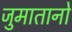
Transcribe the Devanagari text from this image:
जुमातानो